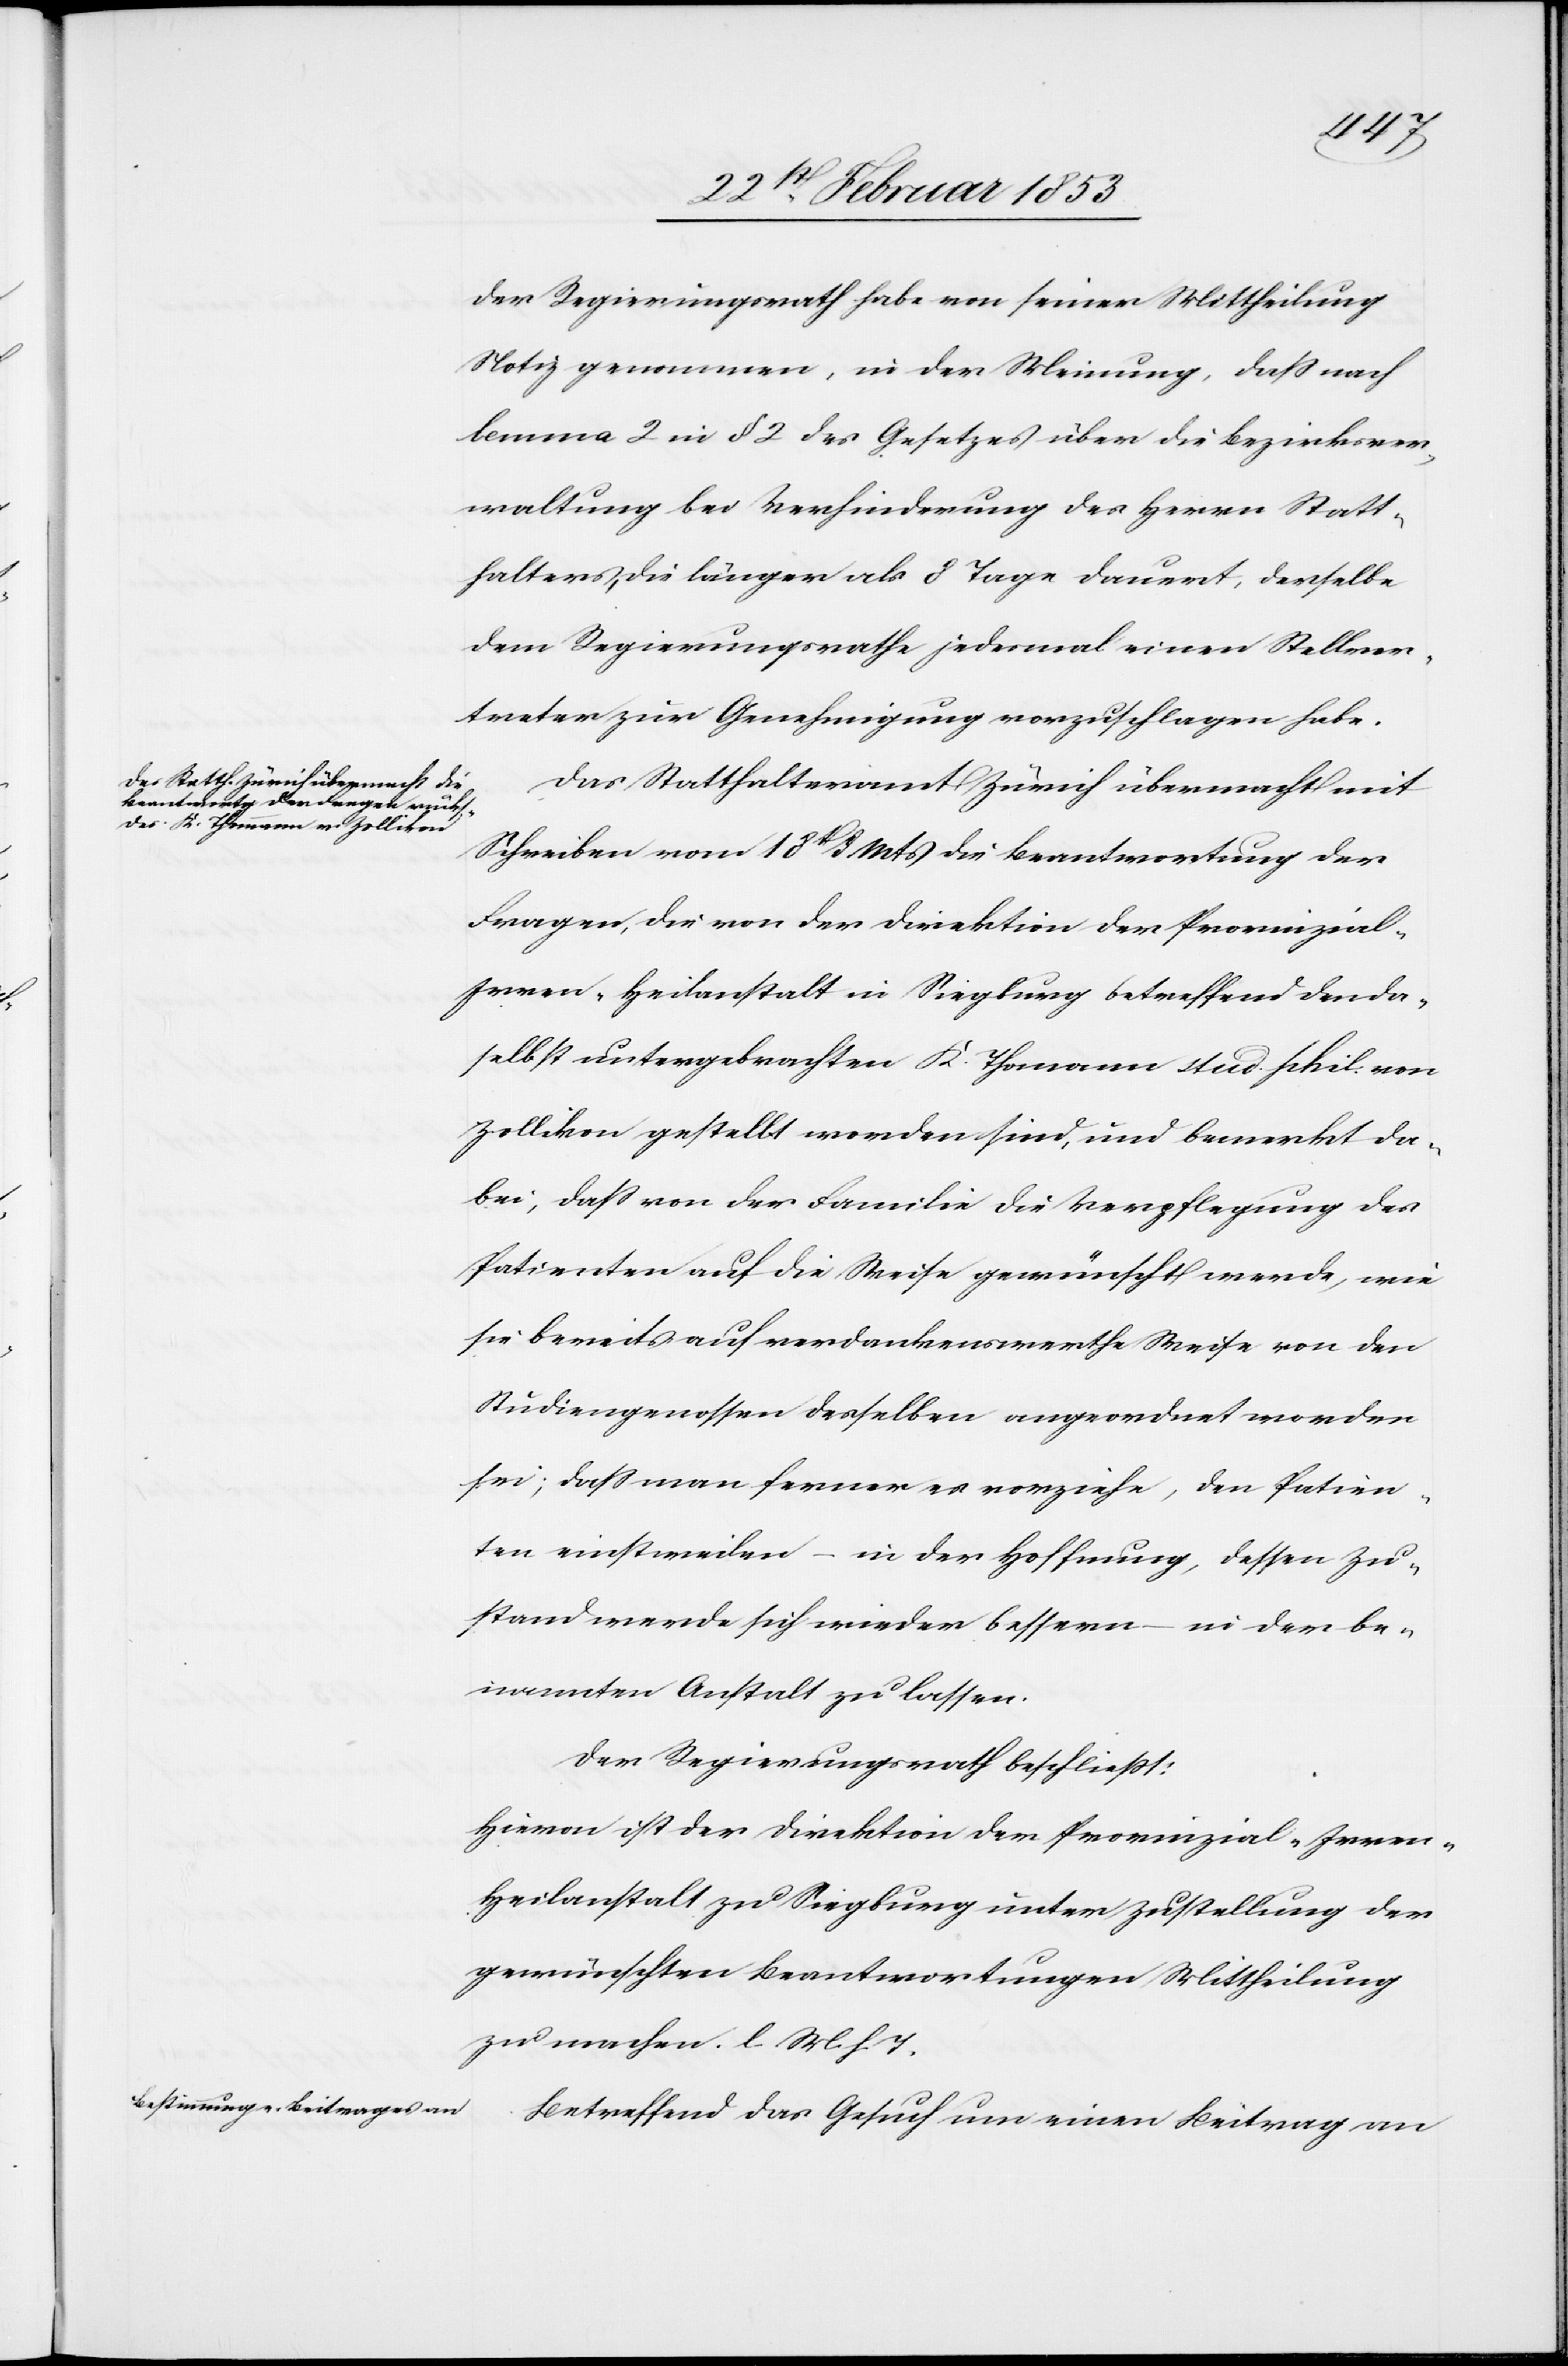
nten
der Regierungsrath habe von seiner Mittheilung
Notiz genommen, in der Meinung, daß nach
lemma 2 in § 2 des Gesetzes über die Bezirksver¬
waltung bei Verhinderung des Herrn Statt¬
halters, die länger als 8 Tage dauert, derselbe
dem Regierungsrathe jedesmal einen Stellver¬
treter zur Genehmigung vorzuschlagen habe.
Das Statthalteramt Zürich übermacht mit
Schreiben vom 18t. d. Mts. die Beantwortung der
Fragen, die von der Direktion der Provinzial-I¬
rren-Heilanstalt in Siegburg betreffend den da¬
selbst untergebrachten K. Thomann stud. phil. von
Zollikon gestellt worden sind, und bemerkt da¬
bei, daß von der Familie die Verpflegung des
Patienten auf die Weise gewünscht werde, wie
sie bereits auf verdankenswerthe Weise von den
Studiengenossen desselben angeordnet worden
sei; daß man ferner es vorziehe, den Patien¬
ten einstweilen – in der Hoffnung, dessen Zu¬
stand werde sich wieder bessern – in der be¬
Der Regierungsrath beschließt:
Hievon ist der Direktion der Provinzial-Irren-H¬
eilanstalt zu Siegburg unter Zustellung der
gewünschten Beantwortung Mittheilung
zu machen. l. M. h.
Betreffend das Gesuch um einen Beitrag an